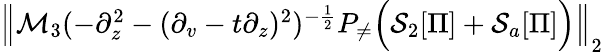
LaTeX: \begin{array}{r}{\left\| \mathcal{M}_{3}(-\partial_{z}^{2}-(\partial_{v}-t\partial_{z})^{2})^{-\frac 12}P_{\neq}\Big(\mathcal{S}_{2}[\Pi]+\mathcal{S}_{a}[\Pi]\Big)\right\| _{2}}\end{array}